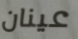
عينان